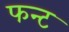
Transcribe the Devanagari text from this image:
फन्ट